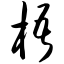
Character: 梧